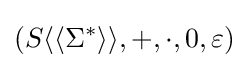
(S\langle \langle \Sigma ^{*}\rangle \rangle ,+,\cdot ,0,\varepsilon )